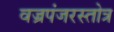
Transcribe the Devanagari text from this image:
वज्रपंजरस्तोत्र